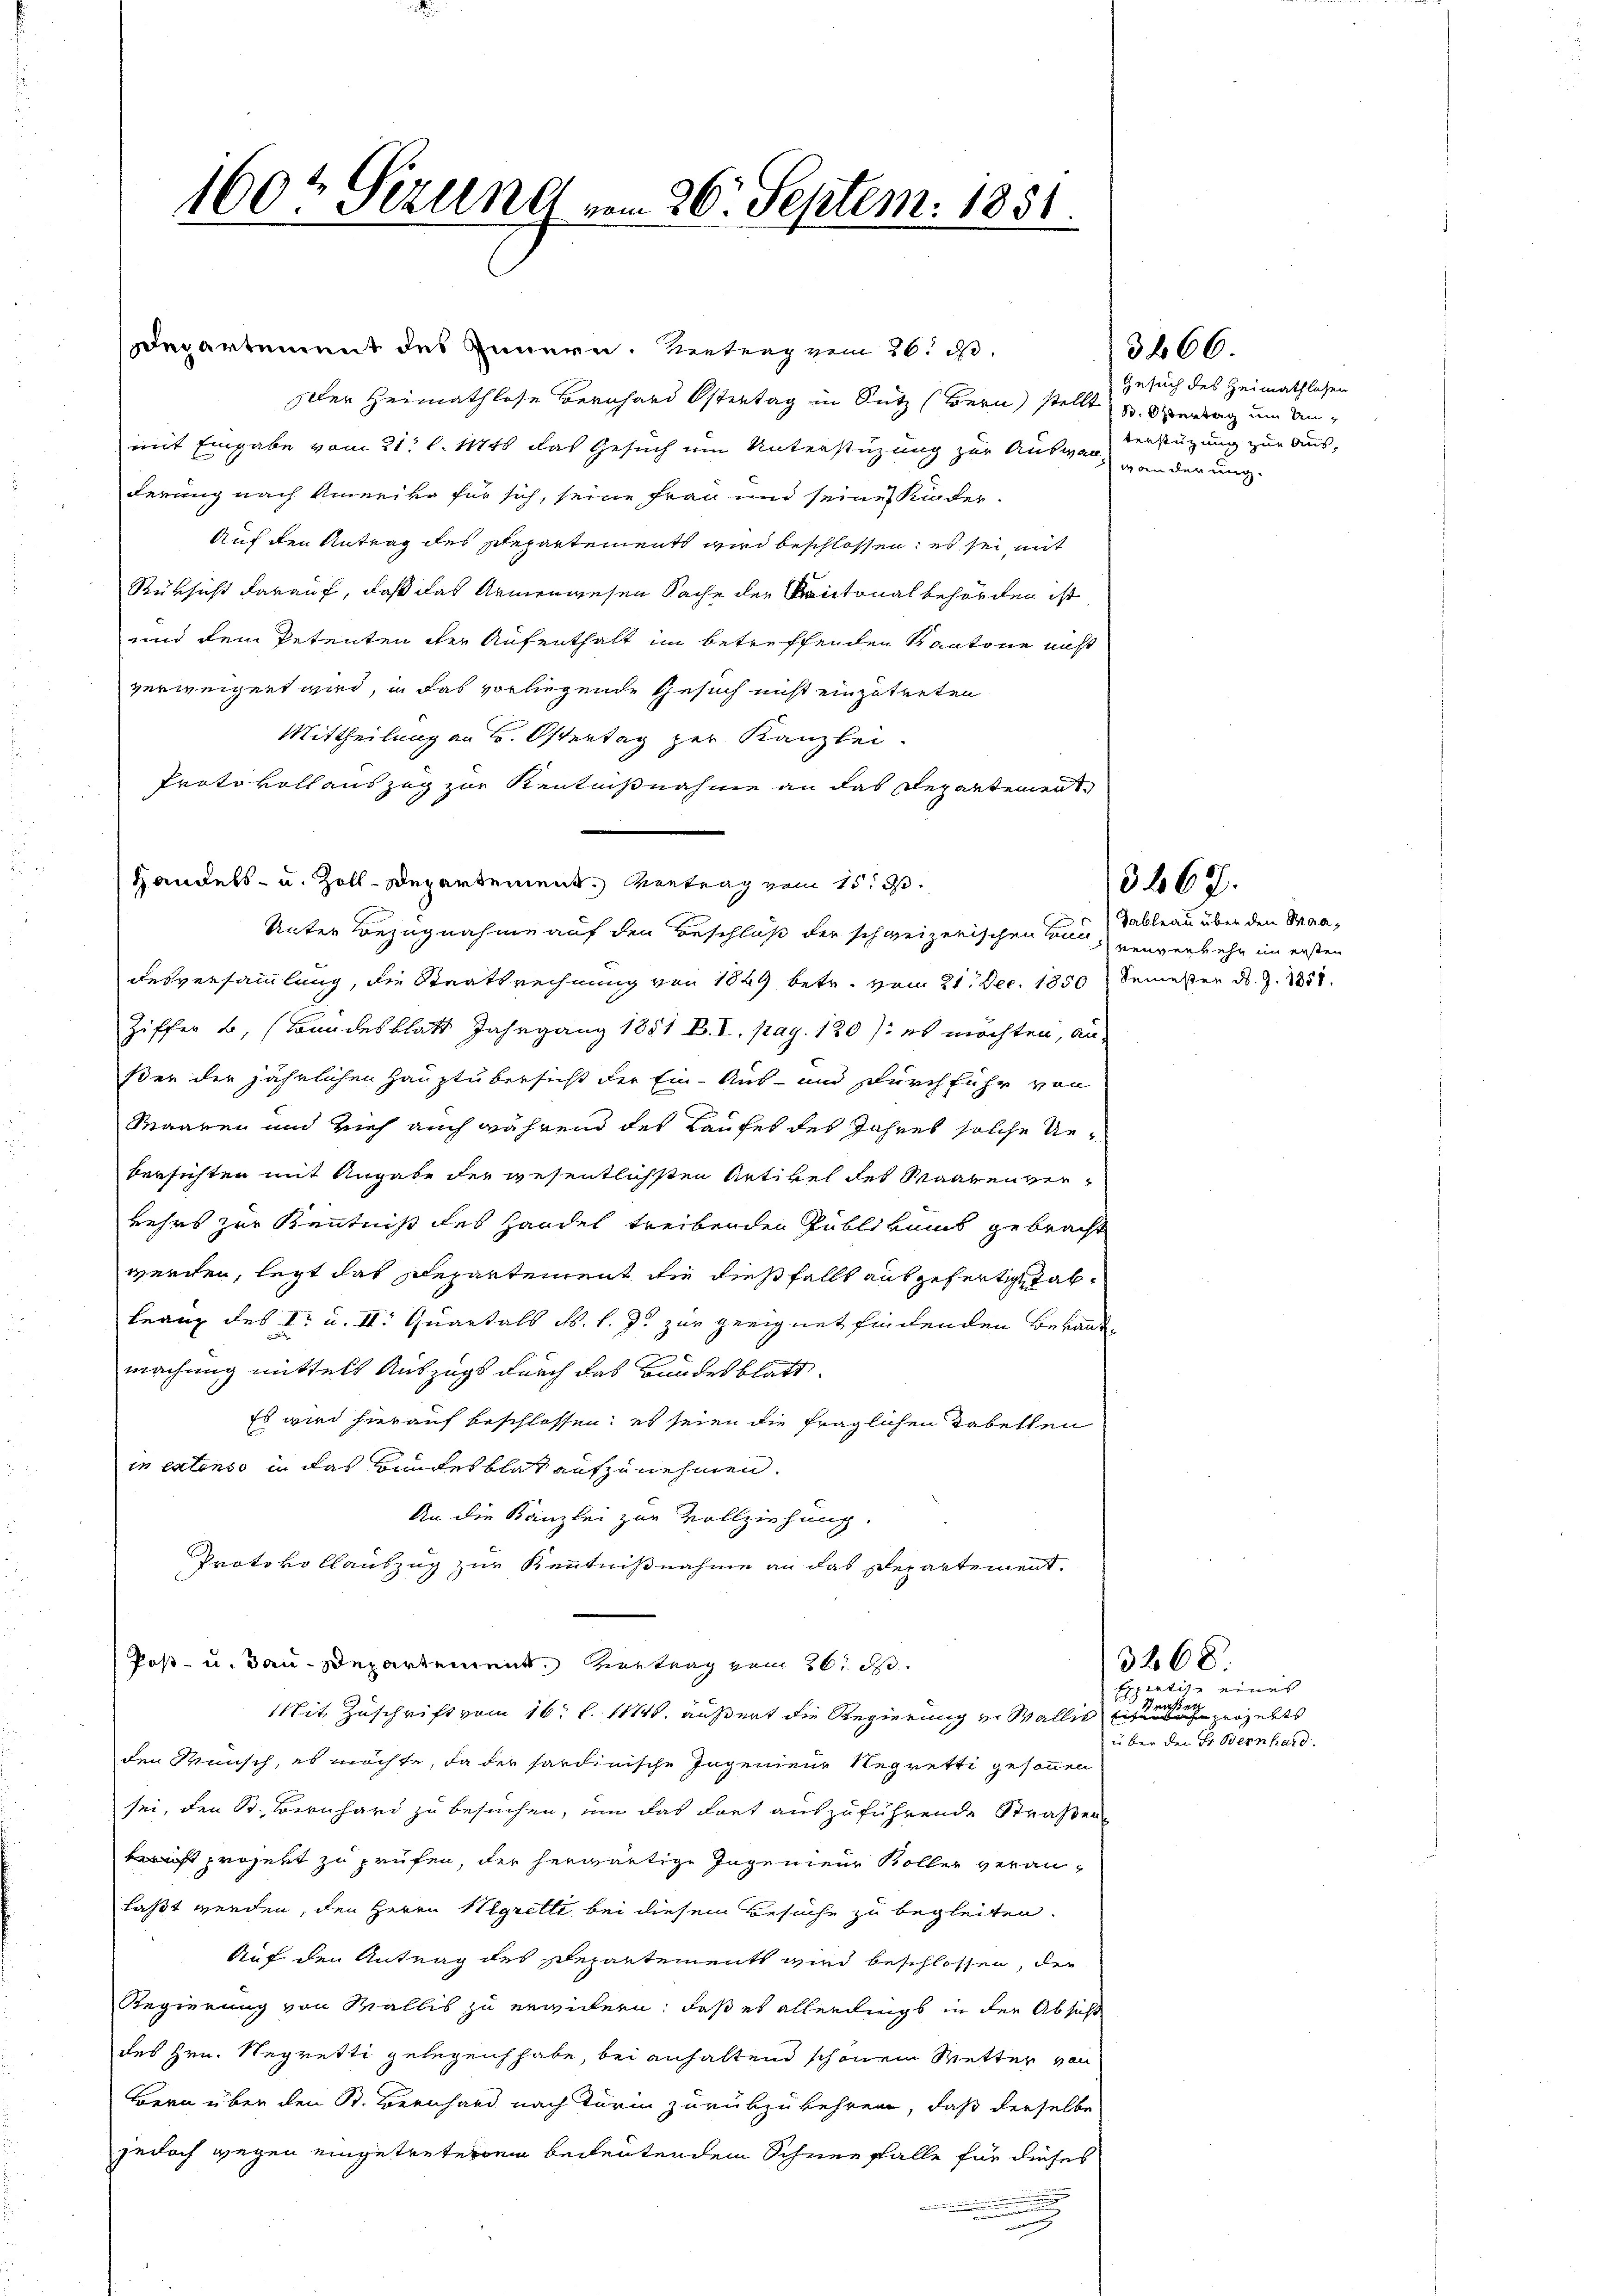
160t Sezung vom 26. Septem. 1881.

Departement des Innern. Vertrag vom 26. d.
Der Heimathlose Bernhard Ostertag in Sutz (Bern stellt u. Obertag um Unmit Eingabe vom 21. l. 1146 das Gesuch um Unterstüzung zur Auswar, wanderung
derung nach Amerika für sich, seine Frau und seine Kunder¬
Auf den Antrag des separtements wird beschlossen; es sei, mit
Rüksicht darauf, daß das Armenwesen Sache der Kantonalbehörden ist
und dem Petenten der Aufenthalt im betreffenden Kantone nicht
verweigert wird, in das vorliegende Gesuch nicht einzutreten
Mittheilung an Hr. Ostertag zur Kanzlei.
Protokoll auszug zur Kenntnißnahme an das Departement
Handels- u. Zoll-Departement. Vertrag vom 15t d.
desversammlung, die Staatsrechnung von 1849 betr. vom 21. Dec. 1850 Semester d. J. 1888.
Ziffer B. Bundesblatt Jahrgang 1851 B. I. pag. 180): es möchten, au-
ßer der jährlichen Hauptübersicht der Ein- Aus- und Durchführ von
Maaren und Vieh auch während des Laufes des Jahres solche Ueversichten mit Angabe der wesentlichsten Artikel des Maarenverkehrs zur Kenntniß des Handel treibenden Publikums gebracht
werden, legt das Departement die dießfällt ausgefertig ab¬
Franz des I. u. II. Quartals ds. l. J. zur geeignet findenden Bewandten
machung mittelt Auszugs durch das Bundesblatt
Es wird hierauf beschlossen: es seien die fraglichen Tabellen
in extenso in das Bundesblat aufzunehmen.
An die Kanzlei zur Vollziehung.
Protokollauszug zur Kenntnißnahme an das Departement.
Post- u. Bau-Departement. Vertrag vom 26. d.
Mit Zuschrift vom 16. l. 11746. äußert die Regierung in Wallis eine ne projekts
den Wunsch, es möchte, da der hardinische Ingenen Regretti gesonnen
sei, den St. Bernhard zu besuchen, um das dort auszuführende Straßen
iht prosert zu prüfen, der herwärtige Ingenieur Koller veranlaßt werden, den Herrn Wegrette bei diesem Besuche zu begleiten.
Auf den Antrag des Repartements wird beschlossen, die
Regierung von Wallis zu erwidern, daß es allerdings in der Absicht
des Hrn. Regretti gelegen habe, bei anhaltend schönem Wetter von
Bern über den St. Bernhard nach Turin zurükzukehren, daß derselbe
jedoch gegen eingetretetem bedeutendem Schneefalle für dieses
.
n

Unter Bezugnahme auf den Beschluß der schweizerischen Sunableau über den Staa¬

Gesuch des Heimathlosen
terstüzung zur Aus¬

3466.

3267.

wenverkehr im ersten

3268.
Expertise eines |
über den Fr. Bernhard.